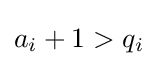
a_{i}+1>q_{i}